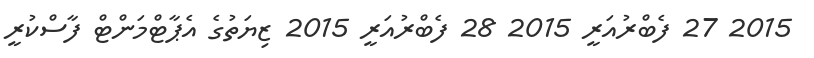
2015 27 ފެބްރުއަރީ 2015 28 ފެބްރުއަރީ 2015 ޒިޔަތުގެ އެޕާޓްމަންޓް ފާސްކުރީ